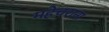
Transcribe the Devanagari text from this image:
महेचराना